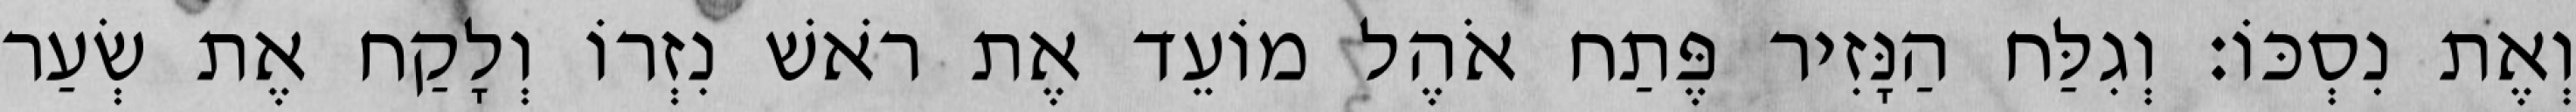
וְאֶת נִסְכּוֹ׃ וְגִלַּח הַנָּזִיר פֶּתַח אֹהֶל מוֹעֵד אֶת רֹאשׁ נִזְרוֹ וְלָקַח אֶת שְׂעַר